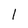
Character: I